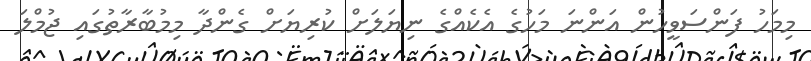
މިމަހު ފަންސަވީހުން އަންނަ މަހުގެ އެކެއްގެ ނިޔަލަށް ކުރިޔަށް ގެންދާ މިމުބާރާތުގައި ޖުމްލަ